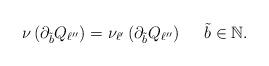
LaTeX: \begin{align*}\nu\left(\partial_{\tilde b}Q_{\ell''}\right)=\nu_{\ell'}\left(\partial_{\tilde b}Q_{\ell''}\right)\quad\ \tilde b\in\mathbb N.\end{align*}